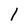
Character: l